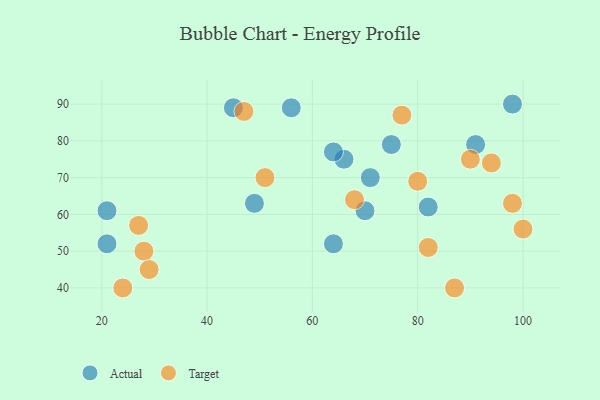
{"axis": {"x": "GDP", "y": "Life Expectancy"}, "legend": ["Actual", "Target"], "data": [{"x": "66", "y": 75, "type": "Actual"}, {"x": "71", "y": 70, "type": "Actual"}, {"x": "49", "y": 63, "type": "Actual"}, {"x": "21", "y": 61, "type": "Actual"}, {"x": "64", "y": 77, "type": "Actual"}, {"x": "64", "y": 52, "type": "Actual"}, {"x": "21", "y": 52, "type": "Actual"}, {"x": "45", "y": 89, "type": "Actual"}, {"x": "98", "y": 90, "type": "Actual"}, {"x": "56", "y": 89, "type": "Actual"}, {"x": "91", "y": 79, "type": "Actual"}, {"x": "82", "y": 62, "type": "Actual"}, {"x": "75", "y": 79, "type": "Actual"}, {"x": "70", "y": 61, "type": "Actual"}, {"x": "68", "y": 64, "type": "Target"}, {"x": "47", "y": 88, "type": "Target"}, {"x": "100", "y": 56, "type": "Target"}, {"x": "94", "y": 74, "type": "Target"}, {"x": "51", "y": 70, "type": "Target"}, {"x": "80", "y": 69, "type": "Target"}, {"x": "24", "y": 40, "type": "Target"}, {"x": "28", "y": 50, "type": "Target"}, {"x": "98", "y": 63, "type": "Target"}, {"x": "29", "y": 45, "type": "Target"}, {"x": "90", "y": 75, "type": "Target"}, {"x": "77", "y": 87, "type": "Target"}, {"x": "27", "y": 57, "type": "Target"}, {"x": "82", "y": 51, "type": "Target"}, {"x": "87", "y": 40, "type": "Target"}]}